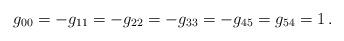
LaTeX: \begin{align*}g_{00} = -g_{11} = -g_{22} = -g_{33} =-g_{45} = g_{54} =1 \,.\end{align*}